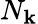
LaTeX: N_{\mathbf{k}}